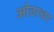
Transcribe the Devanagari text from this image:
ओठाचा